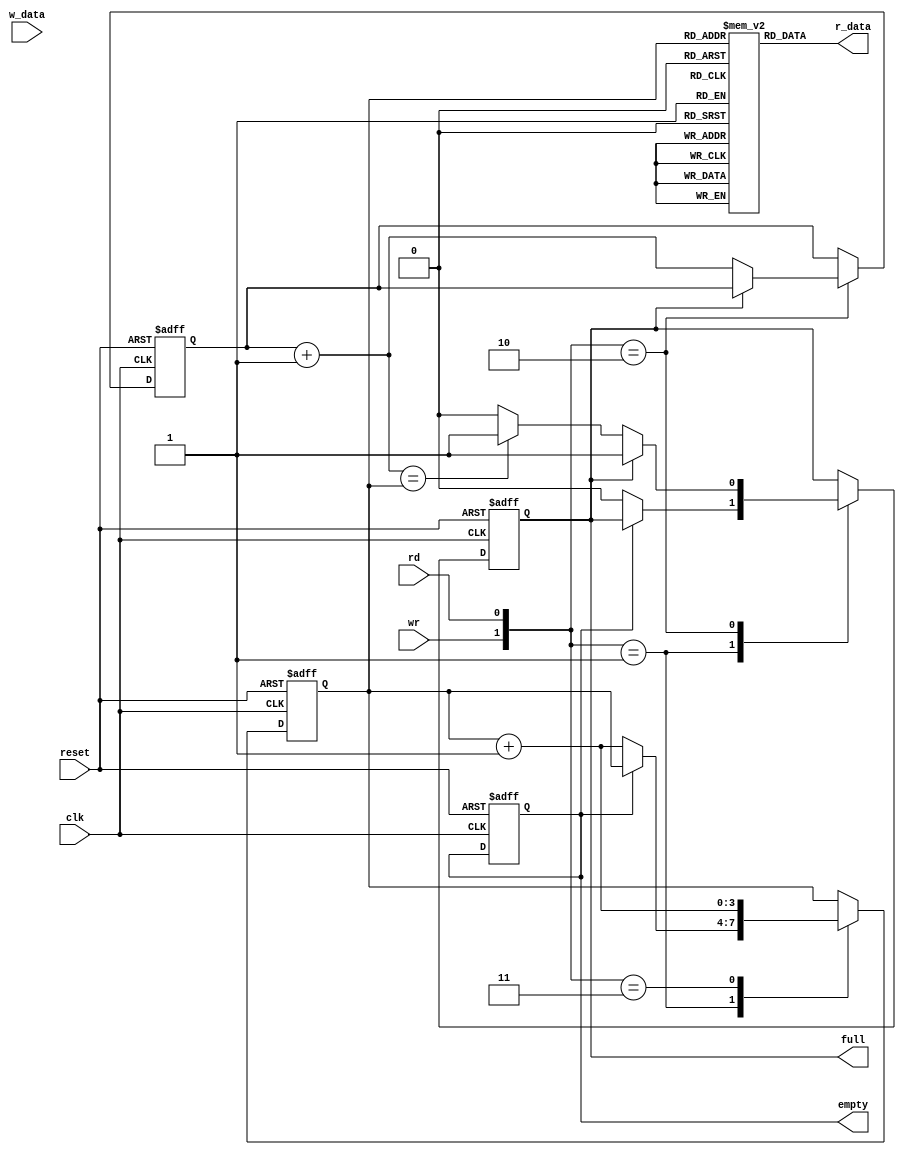
module fifo#(
parameter B=8, // Number of bits in a word
	  W=4  // Number of address bits
)
(
input wire clk,reset,
input wire rd,wr,
input wire [B-1:0] w_data,
output wire empty,full,
output wire [B-1:0] r_data
);

// Signal declaration
reg [B-1:0] array_reg [2**W-1:0]; // Register array
reg [W-1:0] w_ptr_reg, w_ptr_next, w_ptr_succ;
reg [W-1:0] r_ptr_reg, r_ptr_next, r_ptr_succ;
reg full_reg, empty_reg, full_next, empty_next;
wire wr_en;

// Body 
// Register file write operations
always@(posedge clk)
	if(wr_en)
	arrray_reg[w_ptr_reg] <= w_data;
// Register file read operations
assign r_data = array_reg[r_ptr_reg];
// Write enabled only when FIFO is not full
assign wr_en = wr & ~full_reg;
// FIFO control logic
//Register for read and write pointers
always@(posedge clk,posedge reset)
	if(reset)
	begin
	w_ptr_reg <= 0;
	r_ptr_reg <= 0;
	full_reg <= 1'b0;
	empty_reg <= 1'b1;
	end
	
	else
	begin
	w_ptr_reg <= w_ptr_next;
	r_ptr_reg <= r_ptr_next;
	full_reg <= full_next;
	empty_reg <= empty_reg;
	end
//Next state logic for read and write pointers
always@*
begin
//Successive pointer values
w_ptr_succ = w_ptr_reg +1;
r_ptr_succ = r_ptr_reg +1;
// Default: Keep old values
w_ptr_next = w_ptr_reg;
r_ptr_next = r_ptr_reg;
full_next = full_reg;
empty_next = empty_reg;
case({wr,rd})
// 2'b00: no operation

2'b01: // read
	if(~empty_reg) // Not empty
	begin
	r_ptr_next = r_ptr_succ;
	full_next = 1'b0;
	if(r_ptr_succ == w_ptr_reg)
		empty_next = 1'b1;
	end
2'b10: // Write
	if(~full_reg)// Not full
	begin
	w_ptr_next = w_ptr_succ;
	empty_next = 1'b0;
	if(w_ptr_succ == r_ptr_reg)
		full_next = 1'b1;
	end
2'b11:
	begin
	w_ptr_read = w_ptr_succ;
	r_ptr_next = r_ptr_succ;
	end
endcase
end

// Output 
assign full = full_reg;
assign empty = empty_reg;
endmodule